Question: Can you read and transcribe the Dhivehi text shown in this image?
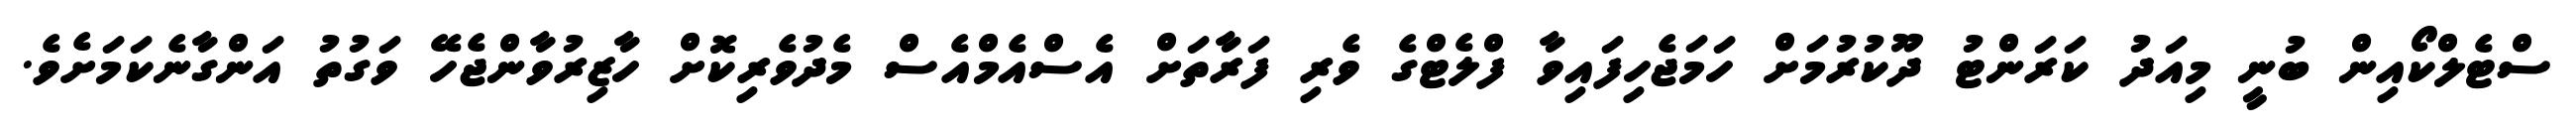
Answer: ސްޓެލްކޯއިން ބުނީ މިއަދު ކަރަންޓު ދޫކުރުމަށް ހަމަޖެހިފައިވާ ފްލެޓްގެ ވެރި ފަރާތަށް އެސްއެމްއެސް މެދުވެރިކޮށް ހާޒިރުވާންޖެހޭ ވަގުތު އަންގާނެކަމަށެވެ.